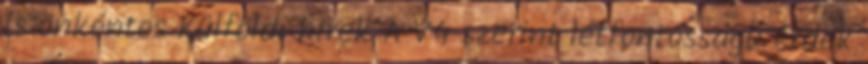
is önkéntes Külföldi hírek A V4 szerint létfontosságú érdek